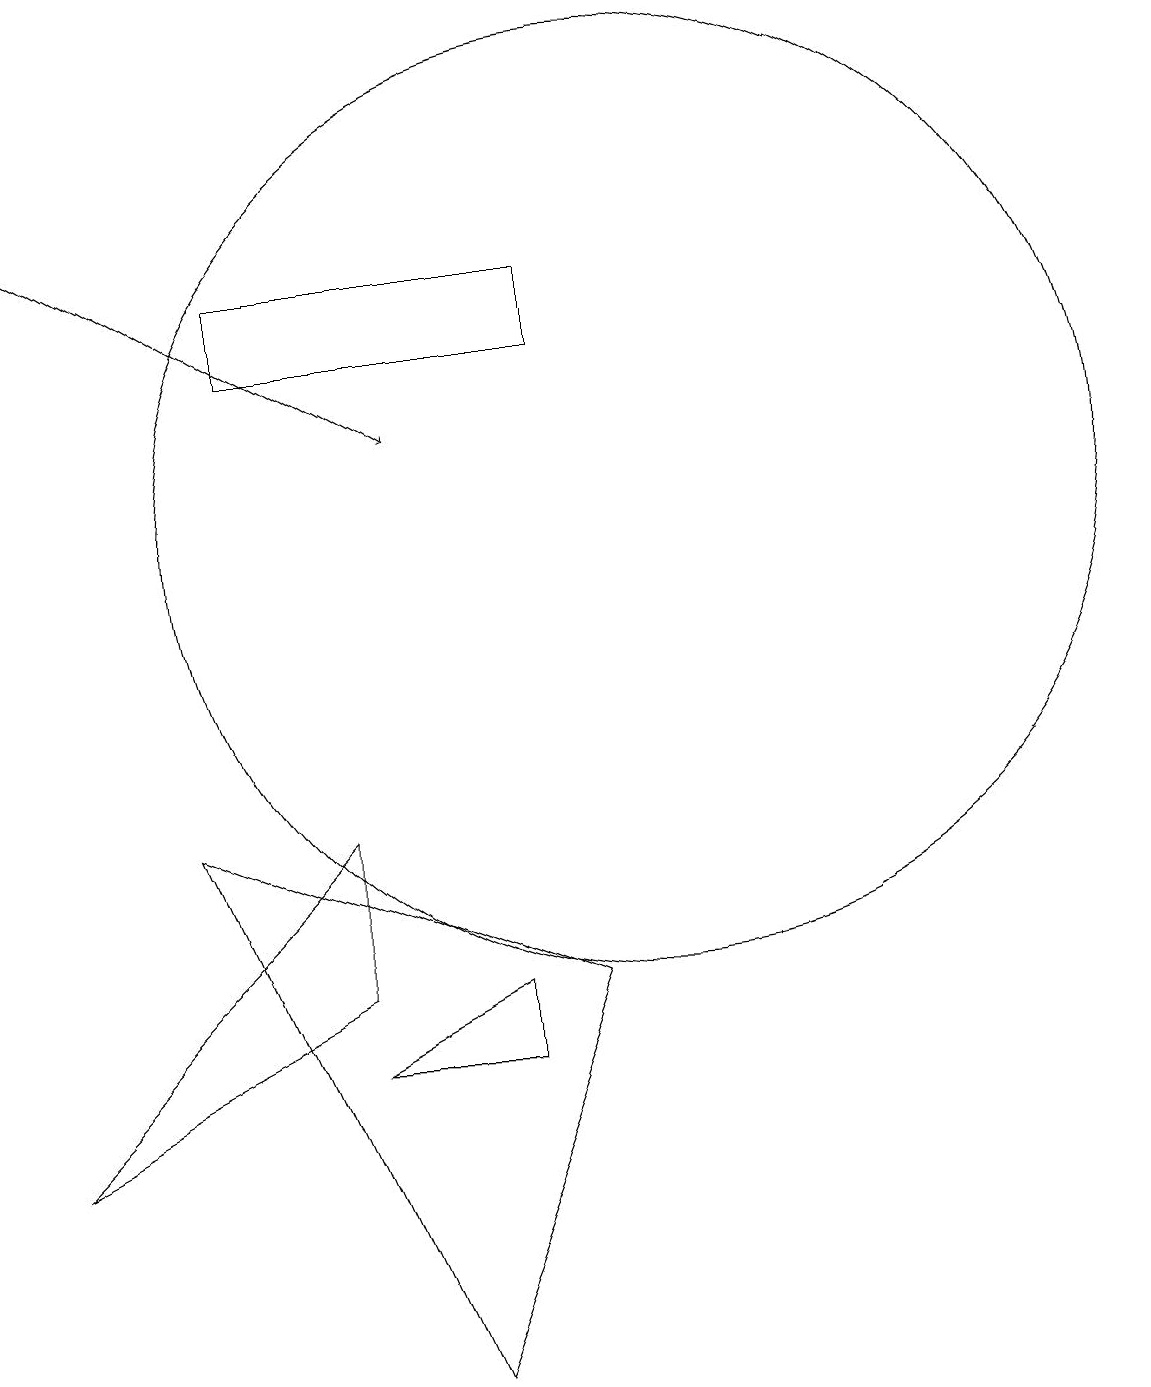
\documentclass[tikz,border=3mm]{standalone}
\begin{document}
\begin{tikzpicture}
\draw (6,4) -- (8,5) -- (8,4) -- cycle;
\draw (2,3) -- (6,7) -- (6,5) -- cycle;
\draw (5,13) rectangle (9,14);
\draw (4,7) -- (9,5) -- (7,0) -- cycle;
\draw[->] (2,15) -- (7,12);
\draw (10,11) circle (6);
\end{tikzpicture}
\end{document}